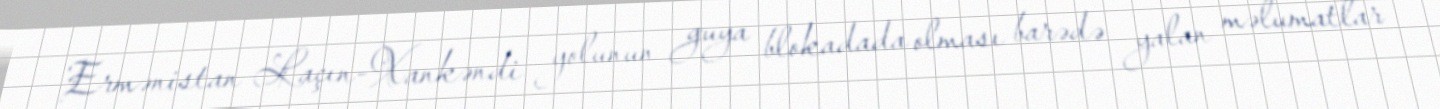
Ermənistan Laçın-Xankəndi yolunun guya blokadada olması barədə yalan məlumatlar